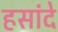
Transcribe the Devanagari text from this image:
हसांदे